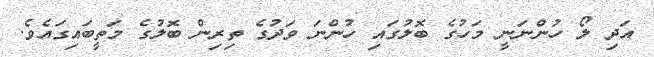
އަދި ލޯ ހުންނަނީ މަހުގެ ބޮލުގައި ހުންނަ ވަދުގެ ތިރިން ބޮލުގެ މަތީބައިގައެވެ.